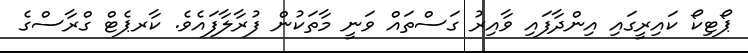
ޕޯޓިކޯ ކައިރީގައި އިންދާފައި ވާއިރު ގަސްތައް ވަނީ މާތަކުން ފުރާލާފައެވެ. ކާރޕެޓް ގްރާސްގެ